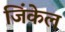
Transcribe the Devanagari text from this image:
जिंकेल